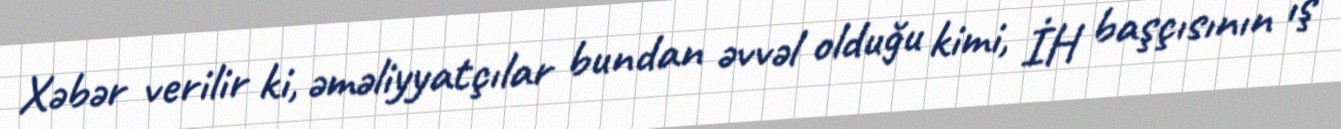
Xəbər verilir ki, əməliyyatçılar bundan əvvəl olduğu kimi, İH başçısının iş